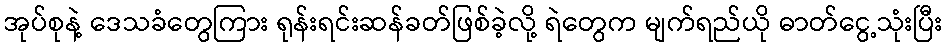
အုပ်စုနဲ့ ဒေသခံတွေကြား ရုန်းရင်းဆန်ခတ်ဖြစ်ခဲ့လို့ ရဲတွေက မျက်ရည်ယို ဓာတ်ငွေ့သုံးပြီး